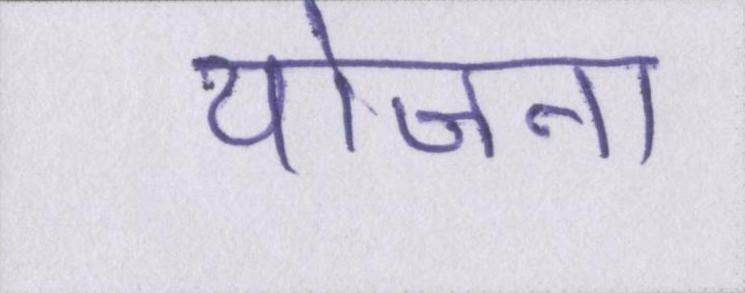
योजना